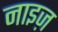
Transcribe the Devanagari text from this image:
नाइज़